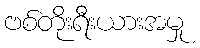
ဗစ်တိုးရီးယားအမှု